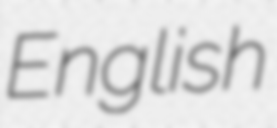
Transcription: English